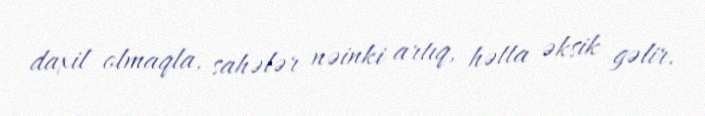
daxil olmaqla, sahələr nəinki artıq, hətta əksik gəlir.